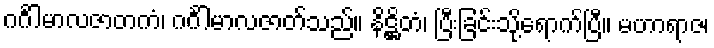
ဂင်္ဂါမာလဇာတကံ၊ ဂင်္ဂါမာလဇာတ်သည်။ နိဋ္ဌိတံ၊ ပြီးခြင်းသို့ရောက်ပြီ။ မဟာရာဇ၊